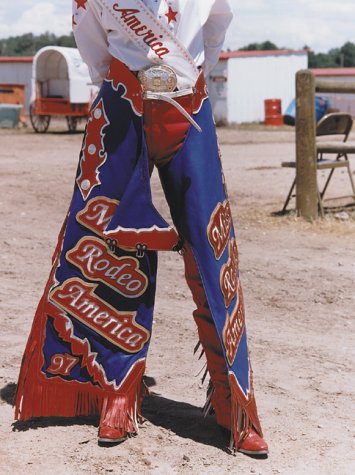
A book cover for Rodeo Girl; Sports & Outdoors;